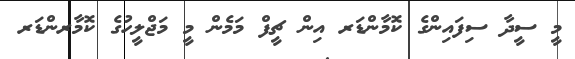
މީ ސީދާ ސިފައިންގެ ކޮމާންޑަރ އިން ޗީފް މަމެން މީ މަޖްލީހުގެ ކޮމާރންޑަރ